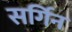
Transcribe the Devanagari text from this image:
सर्गिन